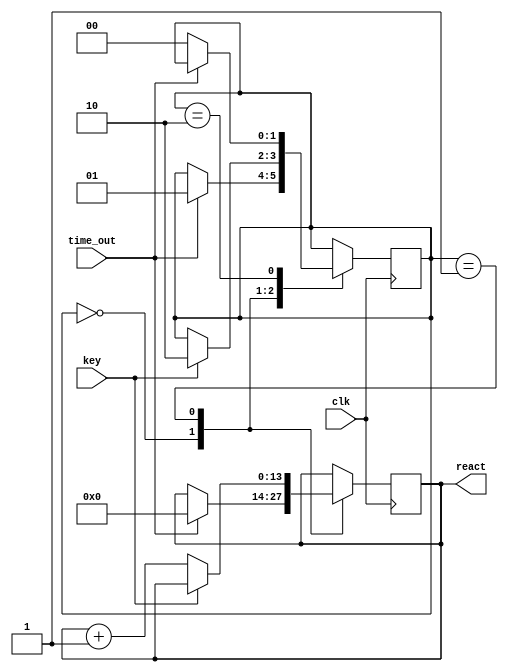
module reactions (clk, time_out, react, key);
	input clk, time_out, key;
	output [13:0] react;
	reg [1:0] state;
	initial state <= 0;
	reg [13:0] count;
	initial count = 0;
	
	always @ (posedge clk)
		case (state)
		2'b00: if (time_out == 1) begin state <= 2'b01;
		count <= 0; end
		2'b01: if (key == 1) state <= 2'b10;
		else count <= count + 1;
		2'b10: if (time_out == 0) state <= 2'b00;
	endcase
	
	assign react = count;
endmodule